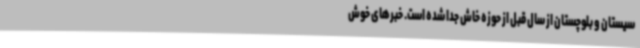
سیستان و بلوچستان از سال قبل از حوزه خاش جدا شده است. خبرهای خوش